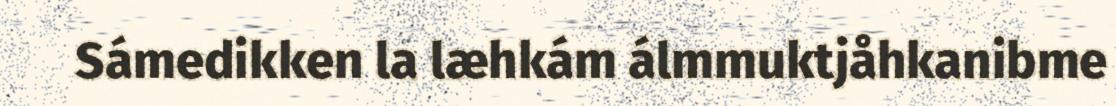
Sámedikken la læhkám álmmuktjåhkanibme